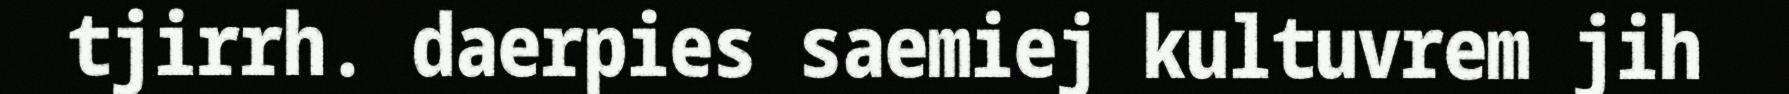
tjirrh. daerpies saemiej kultuvrem jih